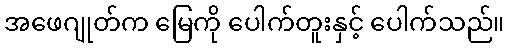
အဖေဂျုတ်က မြေကို ပေါက်တူးနှင့် ပေါက်သည်။